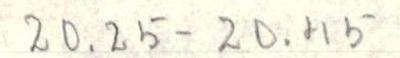
20.25-20.45